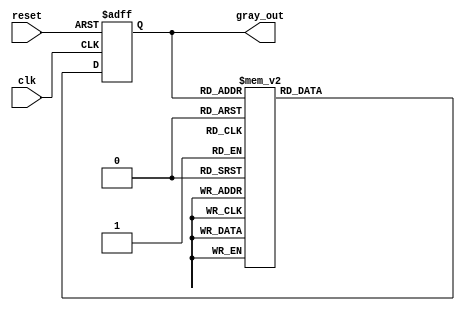
module gray_4bits (clk, reset, gray_out);
input wire clk, reset;
output wire [3:0]gray_out;

reg [3:0]state;

assign gray_out = state;

always @(posedge clk or posedge reset)
begin
	if (reset == 1'b1) begin
		state <= 4'b0000;
	end
	else begin
		case (gray_out)
			4'b0000: state <= 4'b0001;
			4'b0001: state <= 4'b0011;
			4'b0011: state <= 4'b0010;
			4'b0010: state <= 4'b0110;
			4'b0110: state <= 4'b0111;
			4'b0111: state <= 4'b0101;
			4'b0101: state <= 4'b0100;
			4'b0100: state <= 4'b1100;
			4'b1100: state <= 4'b1101;
			4'b1101: state <= 4'b1111;
			4'b1111: state <= 4'b1110;
			4'b1110: state <= 4'b1010;
			4'b1010: state <= 4'b1011;
			4'b1011: state <= 4'b1001;
			4'b1001: state <= 4'b1000;
			4'b1000: state <= 4'b0000;
			default: state <= 4'b0000;
		endcase
	end
end

endmodule